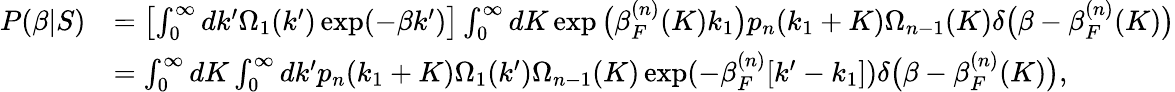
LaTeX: \begin{array}{rl}{P(\beta|S)}&{=\left[\int_{0}^{\infty}dk^{\prime}\Omega_{1}(k^{\prime})\exp(-\beta k^{\prime})\right]\int_{0}^{\infty}dK\exp\big(\beta_{F}^{(n)}(K)k_{1}\big)p_{n}(k_{1}+K)\Omega_{n-1}(K)\delta\big(\beta-\beta_{F}^{(n)}(K)\big)}\\ &{=\int_{0}^{\infty}dK\int_{0}^{\infty}dk^{\prime}p_{n}(k_{1}+K)\Omega_{1}(k^{\prime})\Omega_{n-1}(K)\exp(-\beta_{F}^{(n)}[k^{\prime}-k_{1}])\delta\big(\beta-\beta_{F}^{(n)}(K)\big),}\end{array}